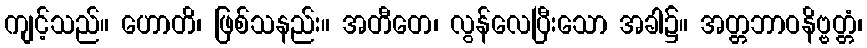
ကျင့်သည်။ ဟောတိ၊ ဖြစ်သနည်း။ အတီတေ၊ လွန်လေပြီးသော အခါ၌။ အတ္တဘာဝနိဗ္ဗတ္တံ၊